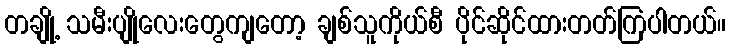
တချို့ သမီးပျိုလေးတွေကျတော့ ချစ်သူကိုယ်စီ ပိုင်ဆိုင်ထားတတ်ကြပါတယ်။